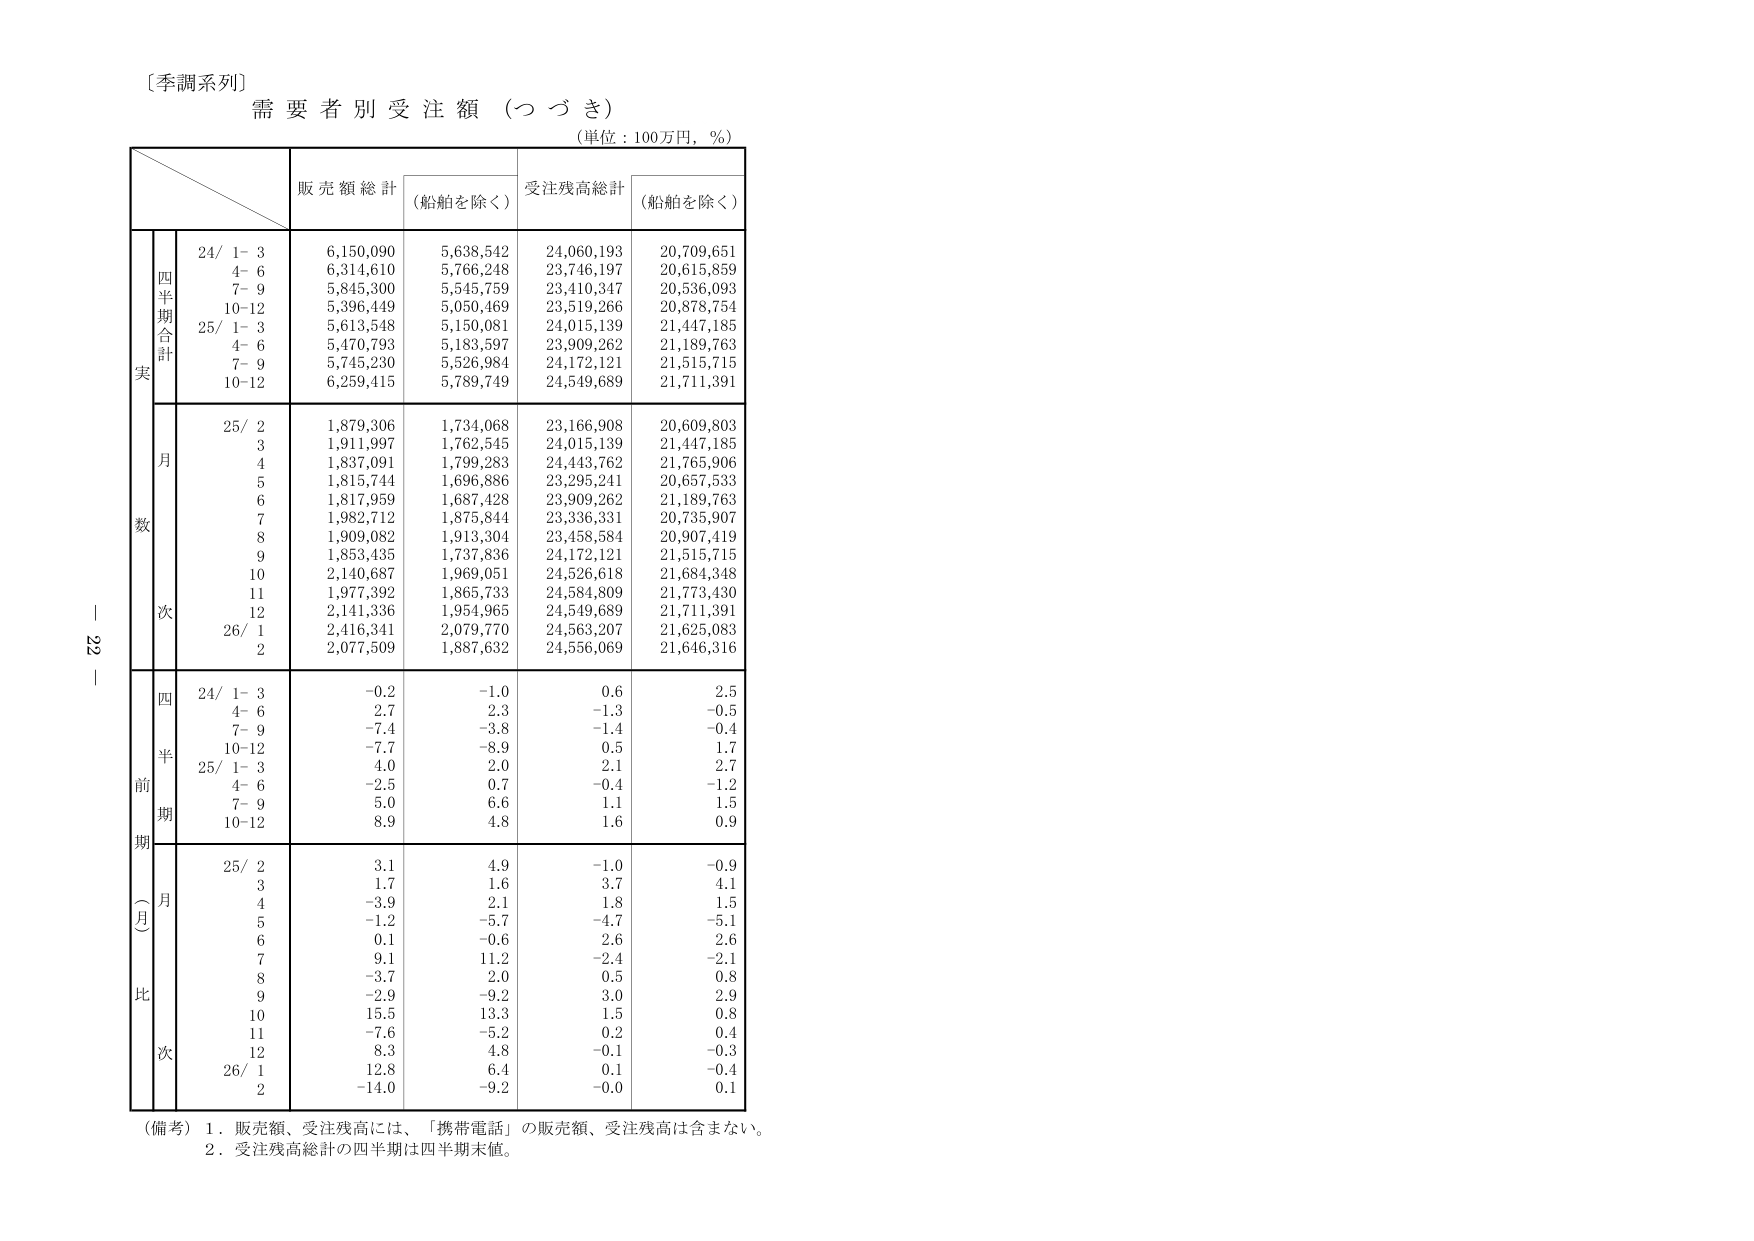
〔季調系列〕
需要者別受注額（つづき）
（単位：100万円，％）

販売額総計 （船舶を除く） 受注残高総計 （船舶を除く）

実
四半期合計
24/ 1- 3 6,150,090 5,638,542 24,060,193 20,709,651
4- 6 6,314,610 5,766,248 23,746,197 20,615,859
7- 9 5,845,300 5,545,759 23,410,347 20,536,093
10-12 5,396,449 5,050,469 23,519,266 20,878,754
25/ 1- 3 5,613,548 5,150,081 24,015,139 21,447,185
4- 6 5,470,793 5,183,597 23,909,262 21,189,763
7- 9 5,745,230 5,526,984 24,172,121 21,515,715
10-12 6,259,415 5,789,749 24,549,689 21,711,391

数
月
25/ 2 1,879,306 1,734,068 23,166,908 20,609,803
3 1,911,997 1,762,545 24,015,139 21,447,185
4 1,837,091 1,799,283 24,443,762 21,765,906
5 1,815,744 1,696,886 23,295,241 20,657,533
6 1,817,959 1,687,428 23,909,262 21,189,763
7 1,982,712 1,875,844 23,336,331 20,735,907
8 1,909,082 1,913,304 23,458,584 20,907,419
9 1,853,435 1,737,836 24,172,121 21,515,715
10 2,140,687 1,969,051 24,526,618 21,684,348
11 1,977,392 1,865,733 24,584,809 21,773,430
12 2,141,336 1,954,965 24,549,689 21,711,391
26/ 1 2,416,341 2,079,770 24,563,207 21,625,083
2 2,077,509 1,887,632 24,556,069 21,646,316

前
期
四半期
24/ 1- 3 -0.2 -1.0 0.6 2.5
4- 6 2.7 2.3 -1.3 -0.5
7- 9 -7.4 -3.8 -1.4 -0.4
10-12 -7.7 -8.9 0.5 1.7
25/ 1- 3 4.0 2.0 2.1 2.7
4- 6 -2.5 0.7 -0.4 -1.2
7- 9 5.0 6.6 1.1 1.5
10-12 8.9 4.8 1.6 0.9

比
次
月
25/ 2 3.1 4.9 -1.0 -0.9
3 1.7 1.6 3.7 4.1
4 -3.9 2.1 1.8 1.5
5 -1.2 -5.7 -4.7 -5.1
6 0.1 -0.6 2.6 2.6
7 9.1 11.2 -2.4 -2.1
8 -3.7 2.0 0.5 0.8
9 -2.9 -9.2 3.0 2.9
10 15.5 13.3 1.5 0.8
11 -7.6 -5.2 0.2 0.4
12 8.3 4.8 -0.1 -0.3
26/ 1 12.8 6.4 0.1 -0.4
2 -14.0 -9.2 -0.0 0.1

（備考）１．販売額、受注残高には、「携帯電話」の販売額、受注残高は含まない。
　　　２．受注残高総計の四半期は四半期末値。

｜ 22 ｜